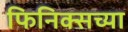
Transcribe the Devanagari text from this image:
फिनिक्सच्या